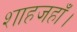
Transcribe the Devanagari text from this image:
शाहजहाँ।